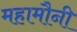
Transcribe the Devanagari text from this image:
महामौनी